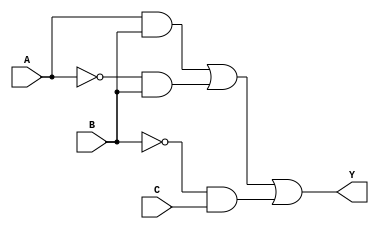
module combi_ckt (A, B, C, Y);
 

    input A, B, C;
    output Y;

    assign Y = ( (A && B) || ((!A) && B) || ((!B) && C) );

endmodule